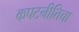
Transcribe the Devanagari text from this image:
कपटनीतिचा